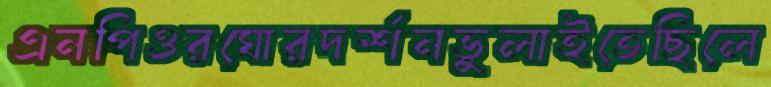
এনপিওরঘোরদর্শনভুলাইতেছিলে